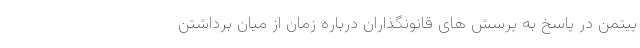
پیتمن در پاسخ به پرسش های قانونگذاران درباره زمان از میان برداشتن